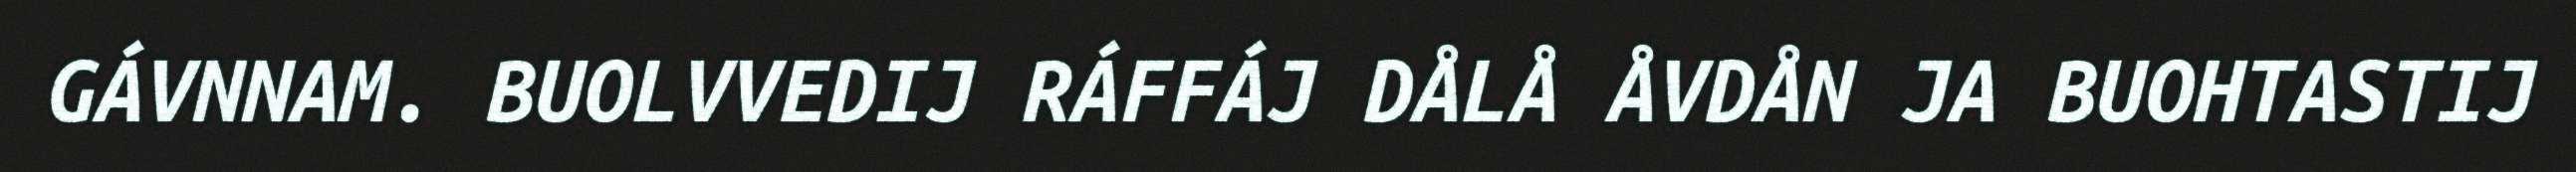
GÁVNNAM. BUOLVVEDIJ RÁFFÁJ DÅLÅ ÅVDÅN JA BUOHTASTIJ